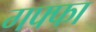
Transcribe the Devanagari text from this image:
गफ्फा